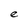
Character: e